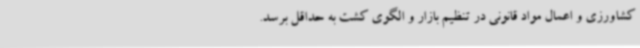
کشاورزی و اعمال مواد قانونی در تنظیم بازار و الگوی کشت به حداقل برسد.